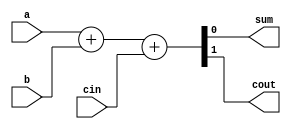
module manchester_carry_chain_adder (
    input wire a,
    input wire b,
    input wire cin,
    output wire sum,
    output wire cout
);

assign {cout, sum} = a + b + cin;

endmodule